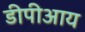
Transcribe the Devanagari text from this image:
डीपीआय